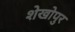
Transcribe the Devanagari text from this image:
शेखोपुर